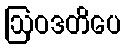
ဩဝဒတိပေ